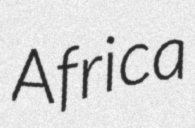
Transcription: Africa